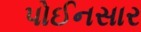
પોઈનસાર